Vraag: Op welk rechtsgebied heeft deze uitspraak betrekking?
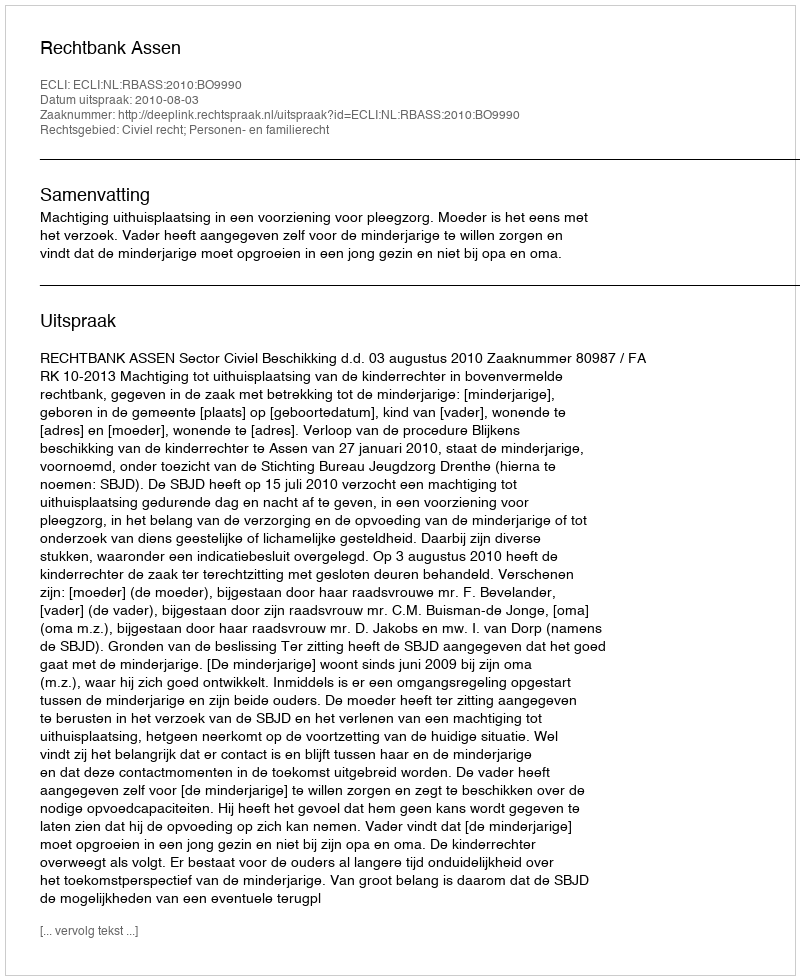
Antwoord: Civiel recht; Personen- en familierecht